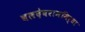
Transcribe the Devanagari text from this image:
बलदेवराममिर्धा